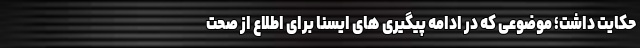
حکایت داشت؛ موضوعی که در ادامه پیگیری های ایسنا برای اطلاع از صحت